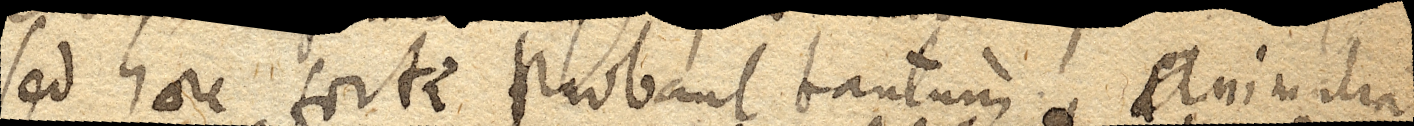
sed haec forte probant tantum. Animalia